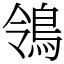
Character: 鴒